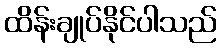
ထိန်းချုပ်နိုင်ပါသည်